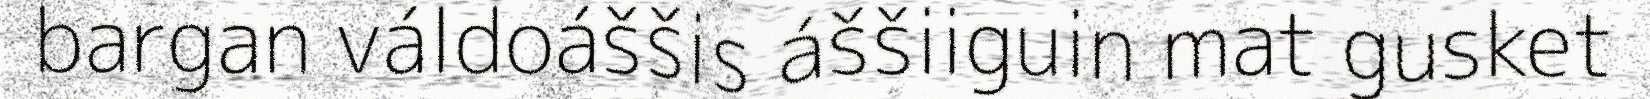
bargan váldoáššis áššiiguin mat gusket